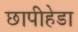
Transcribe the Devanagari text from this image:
छापीहेडा